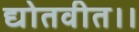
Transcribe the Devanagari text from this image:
द्योतवीत।।